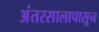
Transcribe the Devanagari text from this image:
अंतरसालापासून